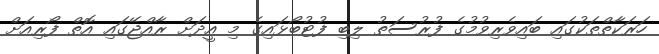
ހަރަކާތްތަކުގައި ބައިވެރިވުމުގެ ފުރުސަތު ލިބި ފުޓުބޯޅައިގެ މި އީދަށް ރާއްޖޭގައި އޮތް ފޯރިއަށް